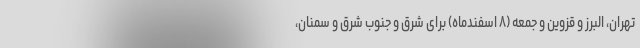
تهران، البرز و قزوین و جمعه (۸ اسفندماه) برای شرق و جنوب شرق و سمنان،